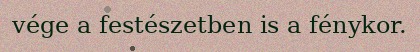
vége a festészetben is a fénykor.